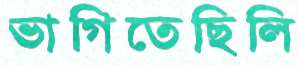
ভাগিতেছিলি